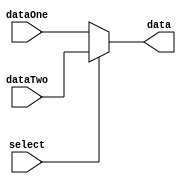
//=================================================================================//
//		File Name: MUX8
//		Version	: V0.1
//		Date Create: 7/Dec/2012
//================================================================================//
module MUX8(
			select,
			dataOne,
			dataTwo,
			data,
);
input 	wire [7:0] dataOne;
input 	wire [7:0] dataTwo;
output 	reg  [7:0] data;
input    wire select;

always@(*)
	if(select)
		data = dataTwo;
	else
		data = dataOne;
endmodule